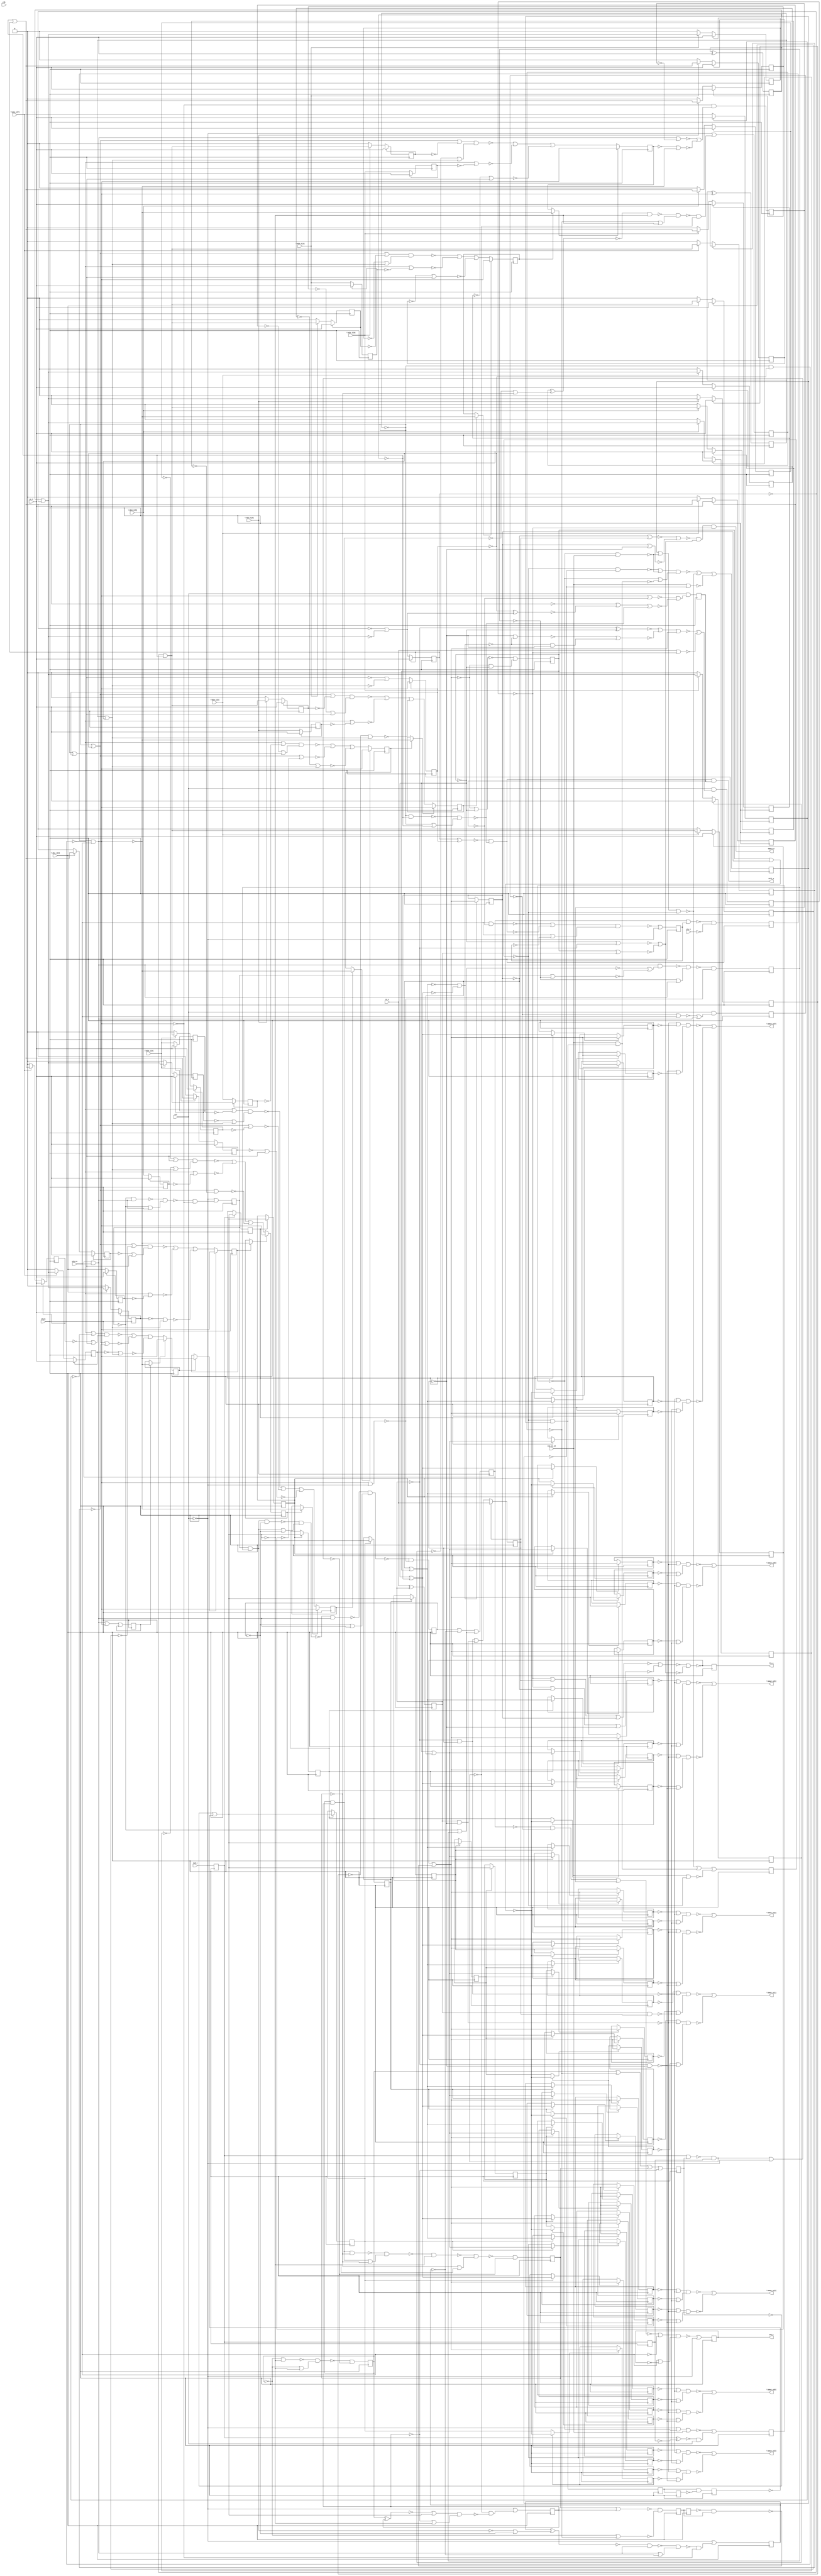
// Benchmark "sasc" written by ABC on Thu Oct  8 22:04:26 2020

module sasc ( clock, 
    clk, rst, rxd_i, cts_i, sio_ce, sio_ce_x4, re_i, we_i, \din_i[0] ,
    \din_i[1] , \din_i[2] , \din_i[3] , \din_i[4] , \din_i[5] , \din_i[6] ,
    \din_i[7] ,
    txd_o, rts_o, full_o, empty_o, \dout_o[0] , \dout_o[1] , \dout_o[2] ,
    \dout_o[3] , \dout_o[4] , \dout_o[5] , \dout_o[6] , \dout_o[7]   );
  input  clock;
  input  clk, rst, rxd_i, cts_i, sio_ce, sio_ce_x4, re_i, we_i,
    \din_i[0] , \din_i[1] , \din_i[2] , \din_i[3] , \din_i[4] , \din_i[5] ,
    \din_i[6] , \din_i[7] ;
  output txd_o, rts_o, full_o, empty_o, \dout_o[0] , \dout_o[1] , \dout_o[2] ,
    \dout_o[3] , \dout_o[4] , \dout_o[5] , \dout_o[6] , \dout_o[7] ;
  reg rx_fifo_gb_reg, \\rx_fifo_wp_reg[0] , \\rx_fifo_mem_reg[1][6] ,
    \\rx_fifo_mem_reg[1][7] , \\rx_fifo_mem_reg[2][0] ,
    \\rx_fifo_mem_reg[2][1] , \\rx_fifo_mem_reg[2][2] ,
    \\rx_fifo_mem_reg[2][3] , \\rx_fifo_mem_reg[2][4] ,
    \\rx_fifo_mem_reg[2][5] , \\rx_fifo_mem_reg[2][6] ,
    \\rx_fifo_mem_reg[2][7] , \\rx_fifo_mem_reg[1][0] ,
    \\rx_fifo_mem_reg[1][1] , \\rx_fifo_mem_reg[1][2] ,
    \\rx_fifo_mem_reg[1][3] , \\rx_fifo_mem_reg[1][4] ,
    \\rx_fifo_mem_reg[1][5] , \\rx_fifo_mem_reg[3][0] ,
    \\rx_fifo_mem_reg[3][1] , \\rx_fifo_mem_reg[3][2] ,
    \\rx_fifo_mem_reg[3][3] , \\rx_fifo_mem_reg[3][4] ,
    \\rx_fifo_mem_reg[3][5] , \\rx_fifo_mem_reg[3][6] ,
    \\rx_fifo_mem_reg[3][7] , \\rx_fifo_mem_reg[0][0] ,
    \\rx_fifo_mem_reg[0][1] , \\rx_fifo_mem_reg[0][2] ,
    \\rx_fifo_mem_reg[0][3] , \\rx_fifo_mem_reg[0][4] ,
    \\rx_fifo_mem_reg[0][5] , \\rx_fifo_mem_reg[0][6] ,
    \\rx_fifo_mem_reg[0][7] , \\rx_bit_cnt_reg[1] , \\rx_fifo_wp_reg[1] ,
    \\rx_bit_cnt_reg[3] , \\rx_bit_cnt_reg[0] , \\rx_bit_cnt_reg[2] ,
    \\rxr_reg[3] , \\rxr_reg[9] , \\rxr_reg[2] , \\rxr_reg[4] ,
    \\rxr_reg[5] , \\rxr_reg[6] , \\rxr_reg[8] , \\rxr_reg[7] ,
    \\tx_bit_cnt_reg[3] , tx_fifo_gb_reg, \\hold_reg_reg[6] ,
    \\hold_reg_reg[7] , \\hold_reg_reg[8] , \\hold_reg_reg[1] ,
    \\hold_reg_reg[2] , \\hold_reg_reg[3] , \\hold_reg_reg[4] ,
    \\tx_bit_cnt_reg[2] , \\hold_reg_reg[5] , txf_empty_r_reg,
    \\tx_fifo_mem_reg[2][1] , \\dpll_state_reg[0] , rts_o_reg,
    \\tx_bit_cnt_reg[0] , \\tx_fifo_mem_reg[1][0] ,
    \\tx_fifo_mem_reg[1][1] , \\tx_fifo_mem_reg[1][2] ,
    \\tx_fifo_mem_reg[1][3] , \\tx_fifo_mem_reg[1][4] ,
    \\tx_fifo_mem_reg[1][6] , \\tx_fifo_mem_reg[1][7] ,
    \\tx_fifo_mem_reg[2][0] , \\tx_fifo_mem_reg[2][2] ,
    \\tx_fifo_mem_reg[2][3] , \\tx_fifo_mem_reg[2][4] ,
    \\tx_fifo_mem_reg[2][6] , \\tx_fifo_mem_reg[2][7] , txd_o_reg,
    \\tx_fifo_rp_reg[1] , \\hold_reg_reg[0] , \\tx_fifo_mem_reg[1][5] ,
    \\tx_fifo_mem_reg[2][5] , \\tx_fifo_mem_reg[3][1] ,
    \\tx_fifo_mem_reg[3][6] , rx_valid_r_reg, \\tx_fifo_mem_reg[3][5] ,
    change_reg, \\tx_fifo_mem_reg[0][0] , \\tx_fifo_mem_reg[0][3] ,
    \\tx_fifo_mem_reg[0][4] , \\tx_fifo_mem_reg[0][7] ,
    \\tx_fifo_mem_reg[0][2] , \\tx_fifo_mem_reg[3][0] ,
    \\tx_fifo_mem_reg[3][2] , \\tx_fifo_mem_reg[3][3] ,
    \\tx_fifo_mem_reg[3][4] , \\tx_fifo_mem_reg[3][7] ,
    \\rx_fifo_rp_reg[1] , \\hold_reg_reg[9] , \\tx_fifo_mem_reg[0][6] ,
    \\tx_fifo_mem_reg[0][5] , \\tx_fifo_mem_reg[0][1] ,
    \\tx_bit_cnt_reg[1] , rx_sio_ce_reg, shift_en_r_reg,
    \\tx_fifo_wp_reg[1] , \\dpll_state_reg[1] , rx_valid_reg,
    \\rx_fifo_rp_reg[0] , rx_go_reg, \\tx_fifo_rp_reg[0] , load_reg,
    rx_sio_ce_r2_reg, \\tx_fifo_wp_reg[0] , shift_en_reg, rx_sio_ce_r1_reg,
    rxd_r_reg, rxd_s_reg;
  wire \new_[147]_ , \new_[148]_ , \new_[149]_ , \new_[150]_ , \new_[151]_ ,
    \new_[152]_ , \new_[153]_ , \new_[154]_ , \new_[155]_ , \new_[156]_ ,
    \new_[157]_ , \new_[158]_ , \new_[159]_ , \new_[160]_ , \new_[161]_ ,
    \new_[162]_ , \new_[163]_ , \new_[164]_ , \new_[165]_ , \new_[166]_ ,
    \new_[167]_ , \new_[168]_ , \new_[169]_ , \new_[170]_ , \new_[171]_ ,
    \new_[172]_ , \new_[173]_ , \new_[174]_ , \new_[175]_ , \new_[176]_ ,
    \new_[177]_ , \new_[178]_ , \new_[179]_ , \new_[180]_ , \new_[182]_ ,
    \new_[183]_ , \new_[184]_ , \new_[190]_ , \new_[191]_ , \new_[220]_ ,
    \new_[221]_ , \new_[222]_ , \new_[223]_ , \new_[224]_ , \new_[225]_ ,
    \new_[226]_ , \new_[227]_ , \new_[230]_ , \new_[232]_ , \new_[242]_ ,
    \new_[243]_ , \new_[244]_ , \new_[245]_ , \new_[246]_ , \new_[247]_ ,
    \new_[248]_ , \new_[249]_ , \new_[250]_ , \new_[251]_ , \new_[252]_ ,
    \new_[253]_ , \new_[254]_ , \new_[255]_ , \new_[256]_ , \new_[257]_ ,
    \new_[258]_ , \new_[259]_ , \new_[260]_ , \new_[261]_ , \new_[262]_ ,
    \new_[263]_ , \new_[264]_ , \new_[265]_ , \new_[266]_ , \new_[267]_ ,
    \new_[268]_ , \new_[270]_ , \new_[280]_ , \new_[282]_ , \new_[283]_ ,
    \new_[285]_ , \new_[286]_ , \new_[287]_ , \new_[288]_ , \new_[289]_ ,
    \new_[290]_ , \new_[291]_ , \new_[292]_ , \new_[293]_ , \new_[294]_ ,
    \new_[295]_ , \new_[296]_ , \new_[297]_ , \new_[298]_ , \new_[300]_ ,
    \new_[301]_ , \new_[302]_ , \new_[303]_ , \new_[305]_ , \new_[306]_ ,
    \new_[307]_ , \new_[308]_ , \new_[309]_ , \new_[310]_ , \new_[311]_ ,
    \new_[312]_ , \new_[313]_ , \new_[314]_ , \new_[315]_ , \new_[316]_ ,
    \new_[317]_ , \new_[318]_ , \new_[319]_ , \new_[320]_ , \new_[321]_ ,
    \new_[322]_ , \new_[323]_ , \new_[324]_ , \new_[325]_ , \new_[326]_ ,
    \new_[327]_ , \new_[328]_ , \new_[329]_ , \new_[342]_ , \new_[352]_ ,
    \new_[353]_ , \new_[354]_ , \new_[355]_ , \new_[356]_ , \new_[357]_ ,
    \new_[358]_ , \new_[359]_ , \new_[360]_ , \new_[361]_ , \new_[362]_ ,
    \new_[363]_ , \new_[364]_ , \new_[366]_ , \new_[367]_ , \new_[368]_ ,
    \new_[369]_ , \new_[371]_ , \new_[372]_ , \new_[373]_ , \new_[374]_ ,
    \new_[375]_ , \new_[376]_ , \new_[377]_ , \new_[378]_ , \new_[381]_ ,
    \new_[382]_ , \new_[383]_ , \new_[384]_ , \new_[385]_ , \new_[386]_ ,
    \new_[387]_ , \new_[388]_ , \new_[389]_ , \new_[405]_ , \new_[406]_ ,
    \new_[407]_ , \new_[412]_ , \new_[413]_ , \new_[414]_ , \new_[415]_ ,
    \new_[416]_ , \new_[417]_ , \new_[418]_ , \new_[419]_ , \new_[420]_ ,
    \new_[423]_ , \new_[432]_ , \new_[433]_ , \new_[434]_ , \new_[436]_ ,
    \new_[437]_ , \new_[438]_ , \new_[439]_ , \new_[440]_ , \new_[441]_ ,
    \new_[442]_ , \new_[443]_ , \new_[444]_ , \new_[445]_ , \new_[446]_ ,
    \new_[447]_ , \new_[448]_ , \new_[449]_ , \new_[450]_ , \new_[451]_ ,
    \new_[452]_ , \new_[453]_ , \new_[454]_ , \new_[455]_ , \new_[457]_ ,
    \new_[458]_ , \new_[460]_ , \new_[461]_ , \new_[462]_ , \new_[463]_ ,
    \new_[464]_ , \new_[465]_ , \new_[466]_ , \new_[467]_ , \new_[468]_ ,
    \new_[469]_ , \new_[470]_ , \new_[471]_ , \new_[472]_ , \new_[473]_ ,
    \new_[474]_ , \new_[475]_ , \new_[476]_ , \new_[477]_ , \new_[478]_ ,
    \new_[479]_ , \new_[480]_ , \new_[481]_ , \new_[482]_ , \new_[483]_ ,
    \new_[484]_ , \new_[485]_ , \new_[486]_ , \new_[487]_ , \new_[488]_ ,
    \new_[489]_ , \new_[490]_ , \new_[491]_ , \new_[493]_ , \new_[494]_ ,
    \new_[495]_ , \new_[496]_ , \new_[497]_ , \new_[498]_ , \new_[499]_ ,
    \new_[500]_ , \new_[501]_ , \new_[502]_ , \new_[503]_ , \new_[504]_ ,
    \new_[505]_ , \new_[506]_ , \new_[507]_ , \new_[508]_ , \new_[510]_ ,
    \new_[511]_ , \new_[512]_ , \new_[513]_ , \new_[514]_ , \new_[515]_ ,
    \new_[516]_ , \new_[517]_ , \new_[518]_ , \new_[519]_ , \new_[520]_ ,
    \new_[521]_ , \new_[522]_ , \new_[523]_ , \new_[524]_ , \new_[525]_ ,
    \new_[526]_ , \new_[527]_ , \new_[528]_ , \new_[529]_ , \new_[530]_ ,
    \new_[531]_ , \new_[532]_ , \new_[533]_ , \new_[534]_ , \new_[535]_ ,
    \new_[536]_ , \new_[537]_ , \new_[538]_ , \new_[540]_ , \new_[541]_ ,
    \new_[542]_ , \new_[543]_ , \new_[544]_ , \new_[547]_ , \new_[548]_ ,
    \new_[549]_ , \new_[551]_ , \new_[552]_ , \new_[553]_ , \new_[554]_ ,
    \new_[555]_ , \new_[556]_ , \new_[557]_ , \new_[558]_ , \new_[559]_ ,
    \new_[560]_ , \new_[561]_ , \new_[562]_ , \new_[563]_ , \new_[564]_ ,
    \new_[565]_ , \new_[566]_ , \new_[567]_ , \new_[568]_ , \new_[569]_ ,
    \new_[570]_ , \new_[571]_ , \new_[572]_ , \new_[573]_ , \new_[575]_ ,
    \new_[576]_ , \new_[577]_ , \new_[578]_ , \new_[579]_ , \new_[581]_ ,
    \new_[582]_ , \new_[583]_ , \new_[584]_ , \new_[585]_ , \new_[586]_ ,
    \new_[587]_ , \new_[588]_ , \new_[589]_ , \new_[590]_ , \new_[591]_ ,
    \new_[592]_ , \new_[593]_ , \new_[594]_ , \new_[595]_ , \new_[596]_ ,
    \new_[597]_ , \new_[598]_ , \new_[599]_ , \new_[600]_ , \new_[601]_ ,
    \new_[602]_ , \new_[603]_ , \new_[604]_ , \new_[606]_ , \new_[607]_ ,
    \new_[608]_ , \new_[609]_ , \new_[610]_ , \new_[611]_ , \new_[612]_ ,
    \new_[613]_ , \new_[614]_ , \new_[615]_ , \new_[616]_ , \new_[617]_ ,
    \new_[618]_ , \new_[619]_ , \new_[620]_ , \new_[621]_ , \new_[622]_ ,
    \new_[623]_ , \new_[625]_ , \new_[626]_ , \new_[627]_ , \new_[628]_ ,
    \new_[629]_ , \new_[630]_ , \new_[631]_ , \new_[632]_ , \new_[633]_ ,
    \new_[634]_ , \new_[635]_ , \new_[636]_ , \new_[637]_ , \new_[638]_ ,
    \new_[639]_ , \new_[640]_ , \new_[641]_ , \new_[642]_ , \new_[643]_ ,
    \new_[644]_ , \new_[645]_ , \new_[646]_ , \new_[647]_ , \new_[648]_ ,
    \new_[649]_ , \new_[650]_ , \new_[651]_ , \new_[652]_ , \new_[653]_ ,
    \new_[654]_ , \new_[655]_ , \new_[656]_ , \new_[657]_ , \new_[658]_ ,
    \new_[659]_ , \new_[660]_ , \new_[661]_ , \new_[662]_ , \new_[663]_ ,
    \new_[664]_ , \new_[665]_ , \new_[666]_ , \new_[667]_ , \new_[668]_ ,
    \new_[669]_ , \new_[671]_ , \new_[672]_ , \new_[673]_ , \new_[674]_ ,
    \new_[675]_ , \new_[676]_ , \new_[677]_ , \new_[678]_ , \new_[679]_ ,
    \new_[680]_ , \new_[681]_ , \new_[682]_ , \new_[683]_ , \new_[684]_ ,
    \new_[685]_ , \new_[686]_ , \new_[687]_ , \new_[688]_ , \new_[689]_ ,
    \new_[690]_ , \new_[691]_ , \new_[692]_ , \new_[693]_ , \new_[694]_ ,
    \new_[695]_ , n58, n63, n68, n73, n78, n83, n88, n93, n98, n103, n108,
    n113, n118, n123, n128, n133, n138, n143, n148, n153, n158, n163, n168,
    n173, n178, n183, n188, n193, n198, n203, n208, n213, n218, n223, n228,
    n233, n238, n243, n248, n253, n258, n263, n268, n273, n278, n283, n288,
    n293, n298, n303, n308, n313, n318, n323, n328, n333, n338, n343, n348,
    n353, n358, n363, n368, n373, n378, n383, n388, n393, n398, n403, n408,
    n413, n418, n423, n428, n433, n438, n443, n448, n453, n458, n463, n468,
    n473, n478, n483, n488, n493, n498, n503, n508, n513, n518, n523, n528,
    n533, n538, n543, n548, n553, n558, n563, n568, n573, n578, n583, n588,
    n593, n598, n603, n608, n613, n618, n623, n628, n633, n638;
  assign \new_[147]_  = rx_fifo_gb_reg;
  assign \new_[148]_  = \\rx_fifo_wp_reg[0] ;
  assign \new_[149]_  = \\rx_fifo_mem_reg[1][6] ;
  assign \new_[150]_  = \\rx_fifo_mem_reg[1][7] ;
  assign \new_[151]_  = \\rx_fifo_mem_reg[2][0] ;
  assign \new_[152]_  = \\rx_fifo_mem_reg[2][1] ;
  assign \new_[153]_  = \\rx_fifo_mem_reg[2][2] ;
  assign \new_[154]_  = \\rx_fifo_mem_reg[2][3] ;
  assign \new_[155]_  = \\rx_fifo_mem_reg[2][4] ;
  assign \new_[156]_  = \\rx_fifo_mem_reg[2][5] ;
  assign \new_[157]_  = \\rx_fifo_mem_reg[2][6] ;
  assign \new_[158]_  = \\rx_fifo_mem_reg[2][7] ;
  assign \new_[159]_  = \\rx_fifo_mem_reg[1][0] ;
  assign \new_[160]_  = \\rx_fifo_mem_reg[1][1] ;
  assign \new_[161]_  = \\rx_fifo_mem_reg[1][2] ;
  assign \new_[162]_  = \\rx_fifo_mem_reg[1][3] ;
  assign \new_[163]_  = \\rx_fifo_mem_reg[1][4] ;
  assign \new_[164]_  = \\rx_fifo_mem_reg[1][5] ;
  assign \new_[165]_  = \\rx_fifo_mem_reg[3][0] ;
  assign \new_[166]_  = \\rx_fifo_mem_reg[3][1] ;
  assign \new_[167]_  = \\rx_fifo_mem_reg[3][2] ;
  assign \new_[168]_  = \\rx_fifo_mem_reg[3][3] ;
  assign \new_[169]_  = \\rx_fifo_mem_reg[3][4] ;
  assign \new_[170]_  = \\rx_fifo_mem_reg[3][5] ;
  assign \new_[171]_  = \\rx_fifo_mem_reg[3][6] ;
  assign \new_[172]_  = \\rx_fifo_mem_reg[3][7] ;
  assign \new_[173]_  = \\rx_fifo_mem_reg[0][0] ;
  assign \new_[174]_  = \\rx_fifo_mem_reg[0][1] ;
  assign \new_[175]_  = \\rx_fifo_mem_reg[0][2] ;
  assign \new_[176]_  = \\rx_fifo_mem_reg[0][3] ;
  assign \new_[177]_  = \\rx_fifo_mem_reg[0][4] ;
  assign \new_[178]_  = \\rx_fifo_mem_reg[0][5] ;
  assign \new_[179]_  = \\rx_fifo_mem_reg[0][6] ;
  assign \new_[180]_  = \\rx_fifo_mem_reg[0][7] ;
  assign n58 = ~\new_[648]_  & (~\new_[230]_  | ~\new_[607]_ );
  assign \new_[182]_  = \\rx_bit_cnt_reg[1] ;
  assign \new_[183]_  = \\rx_fifo_wp_reg[1] ;
  assign \new_[184]_  = \\rx_bit_cnt_reg[3] ;
  assign n63 = ~\new_[232]_  | (~\new_[672]_  & ~\new_[625]_ );
  assign n73 = \new_[414]_  ? \new_[242]_  : \new_[150]_ ;
  assign n78 = \new_[352]_  ? \new_[242]_  : \new_[151]_ ;
  assign n83 = \new_[353]_  ? \new_[245]_  : \new_[152]_ ;
  assign n68 = \new_[413]_  ? \new_[244]_  : \new_[149]_ ;
  assign \new_[190]_  = \\rx_bit_cnt_reg[0] ;
  assign \new_[191]_  = \\rx_bit_cnt_reg[2] ;
  assign n93 = \new_[355]_  ? \new_[243]_  : \new_[154]_ ;
  assign n88 = \new_[354]_  ? \new_[245]_  : \new_[153]_ ;
  assign n98 = \new_[356]_  ? \new_[242]_  : \new_[155]_ ;
  assign n103 = \new_[357]_  ? \new_[243]_  : \new_[156]_ ;
  assign n108 = \new_[358]_  ? \new_[245]_  : \new_[157]_ ;
  assign n113 = \new_[359]_  ? \new_[244]_  : \new_[158]_ ;
  assign n123 = \new_[417]_  ? \new_[242]_  : \new_[160]_ ;
  assign n118 = \new_[415]_  ? \new_[245]_  : \new_[159]_ ;
  assign n128 = \new_[416]_  ? \new_[242]_  : \new_[161]_ ;
  assign n133 = \new_[418]_  ? \new_[243]_  : \new_[162]_ ;
  assign n138 = \new_[419]_  ? \new_[242]_  : \new_[163]_ ;
  assign n143 = \new_[420]_  ? \new_[244]_  : \new_[164]_ ;
  assign n148 = \new_[360]_  ? \new_[244]_  : \new_[165]_ ;
  assign n153 = \new_[361]_  ? \new_[245]_  : \new_[166]_ ;
  assign n158 = \new_[362]_  ? \new_[243]_  : \new_[167]_ ;
  assign n163 = \new_[363]_  ? \new_[244]_  : \new_[168]_ ;
  assign n168 = \new_[364]_  ? \new_[244]_  : \new_[169]_ ;
  assign n173 = \new_[366]_  ? \new_[243]_  : \new_[170]_ ;
  assign n178 = \new_[367]_  ? \new_[245]_  : \new_[171]_ ;
  assign n183 = \new_[368]_  ? \new_[245]_  : \new_[172]_ ;
  assign n188 = \new_[373]_  ? \new_[244]_  : \new_[173]_ ;
  assign n193 = \new_[369]_  ? \new_[243]_  : \new_[174]_ ;
  assign n198 = \new_[374]_  ? \new_[245]_  : \new_[175]_ ;
  assign n203 = \new_[375]_  ? \new_[244]_  : \new_[176]_ ;
  assign n208 = \new_[378]_  ? \new_[242]_  : \new_[177]_ ;
  assign n213 = \new_[376]_  ? \new_[242]_  : \new_[178]_ ;
  assign n218 = \new_[372]_  ? \new_[243]_  : \new_[179]_ ;
  assign n223 = \new_[377]_  ? \new_[243]_  : \new_[180]_ ;
  assign \new_[220]_  = \\rxr_reg[3] ;
  assign \new_[221]_  = \\rxr_reg[9] ;
  assign \new_[222]_  = \\rxr_reg[2] ;
  assign \new_[223]_  = \\rxr_reg[4] ;
  assign \new_[224]_  = \\rxr_reg[5] ;
  assign \new_[225]_  = \\rxr_reg[6] ;
  assign \new_[226]_  = \\rxr_reg[8] ;
  assign \new_[227]_  = \\rxr_reg[7] ;
  assign n228 = ~rst | (~\new_[543]_  & ~\new_[246]_ );
  assign n238 = ~rst | (~\new_[251]_  & ~\new_[543]_ );
  assign \new_[230]_  = ~\new_[500]_  | ~\new_[322]_  | ~\new_[247]_ ;
  assign n243 = ~\new_[253]_  & ~\new_[467]_ ;
  assign \new_[232]_  = ~\new_[672]_  | ~\new_[625]_ ;
  assign n248 = ~\new_[252]_  & ~\new_[467]_ ;
  assign n258 = n633 ? \new_[280]_  : \new_[221]_ ;
  assign n263 = \new_[220]_  ? \new_[280]_  : \new_[222]_ ;
  assign n253 = \new_[223]_  ? \new_[280]_  : \new_[220]_ ;
  assign n268 = \new_[224]_  ? \new_[280]_  : \new_[223]_ ;
  assign n273 = \new_[225]_  ? \new_[280]_  : \new_[224]_ ;
  assign n278 = \new_[227]_  ? \new_[280]_  : \new_[225]_ ;
  assign n288 = \new_[226]_  ? \new_[280]_  : \new_[227]_ ;
  assign n283 = \new_[221]_  ? \new_[280]_  : \new_[226]_ ;
  assign \new_[242]_  = ~\new_[247]_ ;
  assign \new_[243]_  = ~\new_[248]_ ;
  assign \new_[244]_  = ~\new_[249]_ ;
  assign \new_[245]_  = ~\new_[250]_ ;
  assign \new_[246]_  = (~\new_[575]_  | ~\new_[270]_ ) & (~\new_[182]_  | ~\new_[280]_ );
  assign \new_[247]_  = ~\new_[673]_ ;
  assign \new_[248]_  = ~\new_[673]_ ;
  assign \new_[249]_  = ~\new_[673]_ ;
  assign \new_[250]_  = ~\new_[673]_ ;
  assign \new_[251]_  = ~\new_[267]_  & (~\new_[184]_  | ~\new_[280]_ );
  assign \new_[252]_  = ~\new_[263]_  & (~\new_[191]_  | ~\new_[280]_ );
  assign \new_[253]_  = ~\new_[262]_  & (~\new_[629]_  | ~\new_[280]_ );
  assign \new_[254]_  = \\tx_bit_cnt_reg[3] ;
  assign \new_[255]_  = ~tx_fifo_gb_reg;
  assign \new_[256]_  = ~\\hold_reg_reg[6] ;
  assign \new_[257]_  = ~\\hold_reg_reg[7] ;
  assign \new_[258]_  = ~\\hold_reg_reg[8] ;
  assign \new_[259]_  = ~\\hold_reg_reg[1] ;
  assign \new_[260]_  = ~\\hold_reg_reg[2] ;
  assign \new_[261]_  = ~\\hold_reg_reg[3] ;
  assign \new_[262]_  = ~\new_[629]_  & ~\new_[280]_ ;
  assign \new_[263]_  = ~\new_[501]_  & ~\new_[280]_ ;
  assign \new_[264]_  = ~\\hold_reg_reg[4] ;
  assign \new_[265]_  = \\tx_bit_cnt_reg[2] ;
  assign \new_[266]_  = ~\\hold_reg_reg[5] ;
  assign \new_[267]_  = ~\new_[453]_  & ~\new_[280]_ ;
  assign \new_[268]_  = ~txf_empty_r_reg;
  assign n293 = ~rst | (~\new_[329]_  & ~\new_[598]_ );
  assign \new_[270]_  = ~\new_[280]_ ;
  assign n338 = ~\new_[327]_  & ~\new_[591]_ ;
  assign n303 = \new_[513]_  ? \new_[598]_  : \new_[383]_ ;
  assign n343 = \new_[511]_  ? \new_[598]_  : \new_[382]_ ;
  assign n308 = \new_[514]_  ? \new_[598]_  : \new_[384]_ ;
  assign n313 = \new_[516]_  ? \new_[598]_  : \new_[385]_ ;
  assign n318 = \new_[521]_  ? \new_[598]_  : \new_[386]_ ;
  assign n323 = \new_[517]_  ? \new_[632]_  : \new_[387]_ ;
  assign n328 = \new_[515]_  ? \new_[632]_  : \new_[388]_ ;
  assign n333 = \new_[533]_  ? \new_[632]_  : \new_[389]_ ;
  assign \new_[280]_  = ~\new_[433]_  | ~\new_[328]_ ;
  assign n298 = ~\new_[648]_  & (~\new_[572]_  | ~\new_[371]_ );
  assign \new_[282]_  = \\tx_fifo_mem_reg[2][1] ;
  assign \new_[283]_  = \\dpll_state_reg[0] ;
  assign rts_o = rts_o_reg;
  assign \new_[285]_  = \\tx_bit_cnt_reg[0] ;
  assign \new_[286]_  = \\tx_fifo_mem_reg[1][0] ;
  assign \new_[287]_  = \\tx_fifo_mem_reg[1][1] ;
  assign \new_[288]_  = \\tx_fifo_mem_reg[1][2] ;
  assign \new_[289]_  = \\tx_fifo_mem_reg[1][3] ;
  assign \new_[290]_  = \\tx_fifo_mem_reg[1][4] ;
  assign \new_[291]_  = \\tx_fifo_mem_reg[1][6] ;
  assign \new_[292]_  = \\tx_fifo_mem_reg[1][7] ;
  assign \new_[293]_  = \\tx_fifo_mem_reg[2][0] ;
  assign \new_[294]_  = \\tx_fifo_mem_reg[2][2] ;
  assign \new_[295]_  = \\tx_fifo_mem_reg[2][3] ;
  assign \new_[296]_  = \\tx_fifo_mem_reg[2][4] ;
  assign \new_[297]_  = \\tx_fifo_mem_reg[2][6] ;
  assign \new_[298]_  = \\tx_fifo_mem_reg[2][7] ;
  assign txd_o = txd_o_reg;
  assign \new_[300]_  = \\tx_fifo_rp_reg[1] ;
  assign \new_[301]_  = \\hold_reg_reg[0] ;
  assign \new_[302]_  = \\tx_fifo_mem_reg[1][5] ;
  assign \new_[303]_  = \\tx_fifo_mem_reg[2][5] ;
  assign n348 = ~\new_[381]_  | ~rst;
  assign \new_[305]_  = \\tx_fifo_mem_reg[3][1] ;
  assign \new_[306]_  = \\tx_fifo_mem_reg[3][6] ;
  assign \new_[307]_  = ~rx_valid_r_reg;
  assign \new_[308]_  = \\tx_fifo_mem_reg[3][5] ;
  assign \new_[309]_  = change_reg;
  assign \new_[310]_  = \\tx_fifo_mem_reg[0][0] ;
  assign \new_[311]_  = \\tx_fifo_mem_reg[0][3] ;
  assign \new_[312]_  = \\tx_fifo_mem_reg[0][4] ;
  assign \new_[313]_  = \\tx_fifo_mem_reg[0][7] ;
  assign \new_[314]_  = \\tx_fifo_mem_reg[0][2] ;
  assign \new_[315]_  = \\tx_fifo_mem_reg[3][0] ;
  assign \new_[316]_  = \\tx_fifo_mem_reg[3][2] ;
  assign \new_[317]_  = \\tx_fifo_mem_reg[3][3] ;
  assign \new_[318]_  = \\tx_fifo_mem_reg[3][4] ;
  assign \new_[319]_  = \\tx_fifo_mem_reg[3][7] ;
  assign \new_[320]_  = \\rx_fifo_rp_reg[1] ;
  assign \new_[321]_  = \\hold_reg_reg[9] ;
  assign \new_[322]_  = ~\new_[412]_  | (~\new_[671]_  & ~\new_[631]_ );
  assign \new_[323]_  = \\tx_fifo_mem_reg[0][6] ;
  assign \new_[324]_  = \\tx_fifo_mem_reg[0][5] ;
  assign \new_[325]_  = \\tx_fifo_mem_reg[0][1] ;
  assign \new_[326]_  = \\tx_bit_cnt_reg[1] ;
  assign \new_[327]_  = ~\new_[423]_  & (~\new_[265]_  | ~\new_[595]_ );
  assign \new_[328]_  = rx_sio_ce_reg;
  assign \new_[329]_  = ~\new_[405]_  & (~\new_[583]_  | ~\new_[254]_ );
  assign n398 = \new_[291]_  ? we_i : \new_[478]_ ;
  assign n403 = \new_[292]_  ? we_i : \new_[479]_ ;
  assign n408 = \new_[293]_  ? we_i : \new_[480]_ ;
  assign n353 = \new_[282]_  ? we_i : \new_[486]_ ;
  assign n413 = \new_[294]_  ? we_i : \new_[481]_ ;
  assign n418 = \new_[295]_  ? we_i : \new_[482]_ ;
  assign n423 = \new_[296]_  ? we_i : \new_[483]_ ;
  assign n458 = \new_[303]_  ? we_i : \new_[471]_ ;
  assign n428 = \new_[297]_  ? we_i : \new_[484]_ ;
  assign n433 = \new_[298]_  ? we_i : \new_[485]_ ;
  assign \dout_o[4]  = ~\new_[445]_  | ~\new_[448]_ ;
  assign \dout_o[0]  = ~\new_[446]_  | ~\new_[447]_ ;
  assign \new_[342]_  = shift_en_r_reg;
  assign \dout_o[6]  = ~\new_[444]_  | ~\new_[449]_ ;
  assign n443 = \new_[687]_  ? \new_[632]_  : \new_[499]_ ;
  assign n448 = ~\new_[598]_  & (~\new_[495]_  | ~\new_[490]_ );
  assign \dout_o[7]  = ~\new_[443]_  | ~\new_[450]_ ;
  assign \dout_o[5]  = ~\new_[439]_  | ~\new_[440]_ ;
  assign \dout_o[3]  = ~\new_[437]_  | ~\new_[451]_ ;
  assign \dout_o[2]  = ~\new_[436]_  | ~\new_[438]_ ;
  assign \dout_o[1]  = ~\new_[441]_  | ~\new_[442]_ ;
  assign empty_o = ~\new_[452]_  & ~\new_[626]_ ;
  assign \new_[352]_  = \new_[222]_  ? \new_[502]_  : \new_[151]_ ;
  assign \new_[353]_  = \new_[220]_  ? \new_[502]_  : \new_[152]_ ;
  assign \new_[354]_  = \new_[223]_  ? \new_[502]_  : \new_[153]_ ;
  assign \new_[355]_  = \new_[224]_  ? \new_[502]_  : \new_[154]_ ;
  assign \new_[356]_  = \new_[225]_  ? \new_[502]_  : \new_[155]_ ;
  assign \new_[357]_  = \new_[227]_  ? \new_[502]_  : \new_[156]_ ;
  assign \new_[358]_  = \new_[226]_  ? \new_[502]_  : \new_[157]_ ;
  assign \new_[359]_  = \new_[221]_  ? \new_[502]_  : \new_[158]_ ;
  assign \new_[360]_  = \new_[222]_  ? \new_[689]_  : \new_[165]_ ;
  assign \new_[361]_  = \new_[220]_  ? \new_[689]_  : \new_[166]_ ;
  assign \new_[362]_  = \new_[223]_  ? \new_[689]_  : \new_[167]_ ;
  assign \new_[363]_  = \new_[224]_  ? \new_[689]_  : \new_[168]_ ;
  assign \new_[364]_  = \new_[225]_  ? \new_[689]_  : \new_[169]_ ;
  assign n358 = ~\new_[457]_  | ~\new_[573]_  | ~\new_[590]_ ;
  assign \new_[366]_  = \new_[227]_  ? \new_[689]_  : \new_[170]_ ;
  assign \new_[367]_  = \new_[226]_  ? \new_[689]_  : \new_[171]_ ;
  assign \new_[368]_  = \new_[221]_  ? \new_[689]_  : \new_[172]_ ;
  assign \new_[369]_  = \new_[174]_  ? \new_[504]_  : \new_[220]_ ;
  assign n363 = ~\new_[678]_ ;
  assign \new_[371]_  = ~we_i | ~\new_[458]_  | ~\new_[555]_ ;
  assign \new_[372]_  = \new_[179]_  ? \new_[504]_  : \new_[226]_ ;
  assign \new_[373]_  = \new_[173]_  ? \new_[504]_  : \new_[222]_ ;
  assign \new_[374]_  = \new_[175]_  ? \new_[504]_  : \new_[223]_ ;
  assign \new_[375]_  = \new_[176]_  ? \new_[504]_  : \new_[224]_ ;
  assign \new_[376]_  = \new_[178]_  ? \new_[504]_  : \new_[227]_ ;
  assign \new_[377]_  = \new_[180]_  ? \new_[504]_  : \new_[221]_ ;
  assign \new_[378]_  = \new_[177]_  ? \new_[504]_  : \new_[225]_ ;
  assign n438 = ~\new_[434]_  | ~rst;
  assign n368 = ~rst | (~\new_[487]_  & ~\new_[632]_ );
  assign \new_[381]_  = (~\new_[617]_  | ~\new_[461]_ ) & (~\new_[639]_  | ~\new_[655]_ );
  assign \new_[382]_  = ~\new_[462]_  | ~\new_[544]_  | ~\new_[535]_ ;
  assign \new_[383]_  = ~\new_[464]_  | ~\new_[567]_  | ~\new_[548]_ ;
  assign \new_[384]_  = ~\new_[465]_  | ~\new_[561]_  | ~\new_[498]_ ;
  assign \new_[385]_  = ~\new_[466]_  | ~\new_[549]_  | ~\new_[494]_ ;
  assign \new_[386]_  = ~\new_[468]_  | ~\new_[570]_  | ~\new_[537]_ ;
  assign \new_[387]_  = ~\new_[469]_  | ~\new_[571]_  | ~\new_[536]_ ;
  assign \new_[388]_  = ~\new_[470]_  | ~\new_[569]_  | ~\new_[493]_ ;
  assign \new_[389]_  = ~\new_[463]_  | ~\new_[547]_  | ~\new_[496]_ ;
  assign n373 = \new_[286]_  ? we_i : \new_[472]_ ;
  assign n378 = \new_[287]_  ? we_i : \new_[473]_ ;
  assign n383 = \new_[288]_  ? we_i : \new_[474]_ ;
  assign n388 = \new_[289]_  ? we_i : \new_[476]_ ;
  assign n393 = \new_[290]_  ? we_i : \new_[477]_ ;
  assign n453 = \new_[302]_  ? we_i : \new_[475]_ ;
  assign n513 = \new_[315]_  ? we_i : \new_[529]_ ;
  assign n463 = \new_[305]_  ? we_i : \new_[530]_ ;
  assign n518 = \new_[316]_  ? we_i : \new_[512]_ ;
  assign n533 = \new_[319]_  ? we_i : \new_[534]_ ;
  assign n523 = \new_[317]_  ? we_i : \new_[531]_ ;
  assign n528 = \new_[318]_  ? we_i : \new_[520]_ ;
  assign n478 = \new_[308]_  ? we_i : \new_[532]_ ;
  assign n568 = ~\new_[563]_  & ~\new_[460]_ ;
  assign n468 = \new_[306]_  ? we_i : \new_[522]_ ;
  assign \new_[405]_  = ~\new_[489]_  & ~\new_[583]_ ;
  assign \new_[406]_  = \\tx_fifo_wp_reg[1] ;
  assign \new_[407]_  = \\dpll_state_reg[1] ;
  assign full_o = \new_[461]_  & \new_[653]_ ;
  assign n538 = \new_[631]_  ? re_i : \new_[538]_ ;
  assign n473 = rx_valid_reg;
  assign n543 = \new_[497]_  | \new_[321]_ ;
  assign \new_[412]_  = ~\new_[631]_  | ~\new_[671]_ ;
  assign \new_[413]_  = \new_[226]_  ? \new_[540]_  : \new_[149]_ ;
  assign \new_[414]_  = \new_[221]_  ? \new_[540]_  : \new_[150]_ ;
  assign \new_[415]_  = \new_[222]_  ? \new_[540]_  : \new_[159]_ ;
  assign \new_[416]_  = \new_[223]_  ? \new_[540]_  : \new_[161]_ ;
  assign \new_[417]_  = \new_[220]_  ? \new_[540]_  : \new_[160]_ ;
  assign \new_[418]_  = \new_[224]_  ? \new_[540]_  : \new_[162]_ ;
  assign \new_[419]_  = \new_[225]_  ? \new_[540]_  : \new_[163]_ ;
  assign \new_[420]_  = \new_[227]_  ? \new_[540]_  : \new_[164]_ ;
  assign n563 = ~\new_[491]_  & ~\new_[591]_ ;
  assign n483 = ~\new_[589]_  | (~\new_[508]_  & ~\new_[648]_ );
  assign \new_[423]_  = ~\new_[488]_  & ~\new_[595]_ ;
  assign n488 = \new_[310]_  ? we_i : \new_[523]_ ;
  assign n558 = \new_[325]_  ? we_i : \new_[528]_ ;
  assign n508 = \new_[314]_  ? we_i : \new_[524]_ ;
  assign n493 = \new_[311]_  ? we_i : \new_[525]_ ;
  assign n498 = \new_[312]_  ? we_i : \new_[526]_ ;
  assign n553 = \new_[324]_  ? we_i : \new_[519]_ ;
  assign n548 = \new_[323]_  ? we_i : \new_[527]_ ;
  assign n503 = \new_[313]_  ? we_i : \new_[518]_ ;
  assign \new_[432]_  = \\rx_fifo_rp_reg[0] ;
  assign \new_[433]_  = rx_go_reg;
  assign \new_[434]_  = (~\new_[551]_  | ~sio_ce) & (~\new_[639]_  | ~txd_o);
  assign n573 = ~\new_[648]_  & (~\new_[610]_  | ~\new_[596]_ );
  assign \new_[436]_  = (~\new_[153]_  | ~\new_[559]_ ) & (~\new_[167]_  | ~\new_[581]_ );
  assign \new_[437]_  = (~\new_[154]_  | ~\new_[559]_ ) & (~\new_[168]_  | ~\new_[581]_ );
  assign \new_[438]_  = (~\new_[161]_  | ~\new_[557]_ ) & (~\new_[175]_  | ~\new_[582]_ );
  assign \new_[439]_  = (~\new_[156]_  | ~\new_[559]_ ) & (~\new_[170]_  | ~\new_[581]_ );
  assign \new_[440]_  = (~\new_[164]_  | ~\new_[557]_ ) & (~\new_[178]_  | ~\new_[582]_ );
  assign \new_[441]_  = (~\new_[152]_  | ~\new_[559]_ ) & (~\new_[166]_  | ~\new_[581]_ );
  assign \new_[442]_  = (~\new_[160]_  | ~\new_[557]_ ) & (~\new_[174]_  | ~\new_[582]_ );
  assign \new_[443]_  = (~\new_[557]_  | ~\new_[150]_ ) & (~\new_[582]_  | ~\new_[180]_ );
  assign \new_[444]_  = (~\new_[149]_  | ~\new_[557]_ ) & (~\new_[179]_  | ~\new_[582]_ );
  assign \new_[445]_  = (~\new_[155]_  | ~\new_[559]_ ) & (~\new_[169]_  | ~\new_[581]_ );
  assign \new_[446]_  = (~\new_[151]_  | ~\new_[559]_ ) & (~\new_[165]_  | ~\new_[581]_ );
  assign \new_[447]_  = (~\new_[159]_  | ~\new_[557]_ ) & (~\new_[173]_  | ~\new_[582]_ );
  assign \new_[448]_  = (~\new_[163]_  | ~\new_[557]_ ) & (~\new_[177]_  | ~\new_[582]_ );
  assign \new_[449]_  = (~\new_[157]_  | ~\new_[559]_ ) & (~\new_[171]_  | ~\new_[581]_ );
  assign \new_[450]_  = (~\new_[559]_  | ~\new_[158]_ ) & (~\new_[581]_  | ~\new_[172]_ );
  assign \new_[451]_  = (~\new_[162]_  | ~\new_[557]_ ) & (~\new_[176]_  | ~\new_[582]_ );
  assign \new_[452]_  = ~\new_[657]_ ;
  assign \new_[453]_  = \new_[184]_  ^ \new_[565]_ ;
  assign \new_[454]_  = \\tx_fifo_rp_reg[0] ;
  assign \new_[455]_  = load_reg;
  assign n583 = ~\new_[573]_  | ~\new_[554]_  | ~\new_[615]_ ;
  assign \new_[457]_  = (~\new_[627]_  | ~\new_[613]_ ) & (~\new_[309]_  | ~\new_[576]_ );
  assign \new_[458]_  = \new_[688]_  ^ \new_[564]_ ;
  assign n578 = \new_[662]_  ? we_i : \new_[564]_ ;
  assign \new_[460]_  = rx_sio_ce_r2_reg;
  assign \new_[461]_  = ~\new_[556]_  & ~\new_[555]_ ;
  assign \new_[462]_  = (~\new_[619]_  | ~\new_[312]_ ) & (~\new_[296]_  | ~\new_[578]_ );
  assign \new_[463]_  = (~\new_[619]_  | ~\new_[311]_ ) & (~\new_[289]_  | ~\new_[694]_ );
  assign \new_[464]_  = (~\new_[302]_  | ~\new_[694]_ ) & (~\new_[303]_  | ~\new_[578]_ );
  assign \new_[465]_  = (~\new_[601]_  | ~\new_[306]_ ) & (~\new_[291]_  | ~\new_[694]_ );
  assign \new_[466]_  = (~\new_[619]_  | ~\new_[313]_ ) & (~\new_[292]_  | ~\new_[694]_ );
  assign \new_[467]_  = \new_[543]_  | \new_[648]_ ;
  assign \new_[468]_  = (~\new_[601]_  | ~\new_[315]_ ) & (~\new_[293]_  | ~\new_[578]_ );
  assign \new_[469]_  = (~\new_[601]_  | ~\new_[305]_ ) & (~\new_[282]_  | ~\new_[578]_ );
  assign \new_[470]_  = (~\new_[601]_  | ~\new_[316]_ ) & (~\new_[288]_  | ~\new_[694]_ );
  assign \new_[471]_  = \din_i[5]  ? \new_[579]_  : \new_[303]_ ;
  assign \new_[472]_  = \din_i[0]  ? \new_[695]_  : \new_[286]_ ;
  assign \new_[473]_  = \din_i[1]  ? \new_[695]_  : \new_[287]_ ;
  assign \new_[474]_  = \din_i[2]  ? \new_[695]_  : \new_[288]_ ;
  assign \new_[475]_  = \din_i[5]  ? \new_[695]_  : \new_[302]_ ;
  assign \new_[476]_  = \din_i[3]  ? \new_[695]_  : \new_[289]_ ;
  assign \new_[477]_  = \din_i[4]  ? \new_[695]_  : \new_[290]_ ;
  assign \new_[478]_  = \din_i[6]  ? \new_[695]_  : \new_[291]_ ;
  assign \new_[479]_  = \din_i[7]  ? \new_[695]_  : \new_[292]_ ;
  assign \new_[480]_  = \din_i[0]  ? \new_[579]_  : \new_[293]_ ;
  assign \new_[481]_  = \din_i[2]  ? \new_[618]_  : \new_[294]_ ;
  assign \new_[482]_  = \din_i[3]  ? \new_[618]_  : \new_[295]_ ;
  assign \new_[483]_  = \din_i[4]  ? \new_[579]_  : \new_[296]_ ;
  assign \new_[484]_  = \din_i[6]  ? \new_[618]_  : \new_[297]_ ;
  assign \new_[485]_  = \din_i[7]  ? \new_[579]_  : \new_[298]_ ;
  assign \new_[486]_  = \din_i[1]  ? \new_[618]_  : \new_[282]_ ;
  assign \new_[487]_  = ~\new_[552]_  & (~\new_[285]_  | ~\new_[596]_ );
  assign \new_[488]_  = ~\new_[553]_  & (~\new_[585]_  | ~\new_[265]_ );
  assign \new_[489]_  = \new_[254]_  ^ \new_[568]_ ;
  assign \new_[490]_  = \new_[259]_  | \new_[596]_ ;
  assign \new_[491]_  = ~\new_[541]_  & (~\new_[326]_  | ~\new_[595]_ );
  assign n588 = ~\new_[599]_  & ~\new_[560]_ ;
  assign \new_[493]_  = ~\new_[294]_  | ~\new_[578]_ ;
  assign \new_[494]_  = ~\new_[298]_  | ~\new_[578]_ ;
  assign \new_[495]_  = ~\new_[596]_  | ~\new_[301]_ ;
  assign \new_[496]_  = ~\new_[295]_  | ~\new_[578]_ ;
  assign \new_[497]_  = ~\new_[596]_  | ~\new_[612]_ ;
  assign \new_[498]_  = ~\new_[297]_  | ~\new_[578]_ ;
  assign \new_[499]_  = \new_[694]_  | \new_[578]_ ;
  assign \new_[500]_  = \new_[692]_  ^ \new_[603]_ ;
  assign \new_[501]_  = ~\new_[542]_  & (~\new_[588]_  | ~\new_[191]_ );
  assign \new_[502]_  = ~\new_[507]_ ;
  assign \new_[503]_  = ~\new_[625]_  | ~\new_[682]_ ;
  assign \new_[504]_  = ~\new_[505]_ ;
  assign \new_[505]_  = ~\new_[603]_  | ~\new_[685]_ ;
  assign \new_[506]_  = \\tx_fifo_wp_reg[0] ;
  assign \new_[507]_  = ~\new_[679]_ ;
  assign \new_[508]_  = n633 ^ \new_[587]_ ;
  assign n598 = ~\new_[643]_  | ~\new_[184]_  | ~\new_[644]_  | ~\new_[182]_ ;
  assign \new_[510]_  = shift_en_reg;
  assign \new_[511]_  = \new_[646]_  ? \new_[583]_  : \new_[637]_ ;
  assign \new_[512]_  = \din_i[2]  ? \new_[661]_  : \new_[316]_ ;
  assign \new_[513]_  = \new_[635]_  ? \new_[595]_  : \new_[646]_ ;
  assign \new_[514]_  = \new_[649]_  ? \new_[595]_  : \new_[635]_ ;
  assign \new_[515]_  = \new_[641]_  ? \new_[595]_  : \new_[640]_ ;
  assign \new_[516]_  = \new_[321]_  ? \new_[595]_  : \new_[649]_ ;
  assign \new_[517]_  = \new_[640]_  ? \new_[583]_  : \new_[642]_ ;
  assign \new_[518]_  = \new_[313]_  ? \new_[600]_  : \din_i[7] ;
  assign \new_[519]_  = \new_[324]_  ? \new_[600]_  : \din_i[5] ;
  assign \new_[520]_  = \din_i[4]  ? \new_[661]_  : \new_[318]_ ;
  assign \new_[521]_  = \new_[642]_  ? \new_[583]_  : \new_[634]_ ;
  assign \new_[522]_  = \din_i[6]  ? \new_[661]_  : \new_[306]_ ;
  assign \new_[523]_  = \new_[310]_  ? \new_[600]_  : \din_i[0] ;
  assign \new_[524]_  = \new_[314]_  ? \new_[600]_  : \din_i[2] ;
  assign \new_[525]_  = \new_[311]_  ? \new_[600]_  : \din_i[3] ;
  assign \new_[526]_  = \new_[312]_  ? \new_[600]_  : \din_i[4] ;
  assign \new_[527]_  = \new_[323]_  ? \new_[600]_  : \din_i[6] ;
  assign \new_[528]_  = \new_[325]_  ? \new_[600]_  : \din_i[1] ;
  assign \new_[529]_  = \din_i[0]  ? \new_[661]_  : \new_[315]_ ;
  assign \new_[530]_  = \din_i[1]  ? \new_[661]_  : \new_[305]_ ;
  assign \new_[531]_  = \din_i[3]  ? \new_[661]_  : \new_[317]_ ;
  assign \new_[532]_  = \din_i[5]  ? \new_[661]_  : \new_[308]_ ;
  assign \new_[533]_  = \new_[637]_  ? \new_[583]_  : \new_[641]_ ;
  assign \new_[534]_  = \din_i[7]  ? \new_[661]_  : \new_[319]_ ;
  assign \new_[535]_  = ~\new_[290]_  | ~\new_[694]_ ;
  assign \new_[536]_  = ~\new_[287]_  | ~\new_[694]_ ;
  assign \new_[537]_  = ~\new_[286]_  | ~\new_[694]_ ;
  assign \new_[538]_  = \new_[577]_  | \new_[562]_ ;
  assign n593 = re_i ^ \new_[691]_ ;
  assign \new_[540]_  = ~\new_[558]_ ;
  assign \new_[541]_  = ~\new_[595]_  & (~\new_[616]_  | ~\new_[614]_ );
  assign \new_[542]_  = ~\new_[588]_  & ~\new_[191]_ ;
  assign \new_[543]_  = ~\new_[602]_  & ~\new_[587]_ ;
  assign \new_[544]_  = ~\new_[601]_  | ~\new_[318]_ ;
  assign n603 = \new_[628]_  ^ \new_[632]_ ;
  assign n613 = ~\new_[563]_ ;
  assign \new_[547]_  = ~\new_[601]_  | ~\new_[317]_ ;
  assign \new_[548]_  = ~\new_[601]_  | ~\new_[308]_ ;
  assign \new_[549]_  = ~\new_[601]_  | ~\new_[319]_ ;
  assign n608 = ~\new_[594]_  & ~cts_i;
  assign \new_[551]_  = \new_[593]_  | \new_[301]_ ;
  assign \new_[552]_  = ~\new_[285]_  & ~\new_[596]_ ;
  assign \new_[553]_  = ~\new_[585]_  & ~\new_[265]_ ;
  assign \new_[554]_  = ~\new_[576]_ ;
  assign \new_[555]_  = ~\new_[597]_  & (~\new_[628]_  | ~\new_[630]_ );
  assign \new_[556]_  = \new_[662]_  ^ \new_[687]_ ;
  assign \new_[557]_  = \new_[562]_ ;
  assign \new_[558]_  = ~\new_[566]_ ;
  assign \new_[559]_  = \new_[577]_ ;
  assign \new_[560]_  = ~\new_[629]_  | ~\new_[184]_ ;
  assign \new_[561]_  = ~\new_[619]_  | ~\new_[323]_ ;
  assign \new_[562]_  = ~\new_[692]_  & ~\new_[631]_ ;
  assign \new_[563]_  = ~rx_sio_ce_r1_reg;
  assign \new_[564]_  = ~\new_[609]_  | ~\new_[618]_ ;
  assign \new_[565]_  = ~\new_[611]_  | ~\new_[191]_ ;
  assign \new_[566]_  = ~\new_[625]_  | ~\new_[685]_ ;
  assign \new_[567]_  = ~\new_[619]_  | ~\new_[324]_ ;
  assign \new_[568]_  = ~\new_[621]_  | ~\new_[265]_ ;
  assign \new_[569]_  = ~\new_[619]_  | ~\new_[314]_ ;
  assign \new_[570]_  = ~\new_[619]_  | ~\new_[310]_ ;
  assign \new_[571]_  = ~\new_[619]_  | ~\new_[325]_ ;
  assign \new_[572]_  = ~\new_[612]_  | ~\new_[653]_ ;
  assign \new_[573]_  = ~\new_[652]_  | ~\new_[613]_  | ~\new_[407]_ ;
  assign n618 = \new_[630]_  ^ we_i;
  assign \new_[575]_  = \new_[629]_  ^ \new_[182]_ ;
  assign \new_[576]_  = sio_ce_x4 & n628;
  assign \new_[577]_  = ~\new_[691]_  & ~\new_[665]_ ;
  assign \new_[578]_  = ~\new_[592]_ ;
  assign \new_[579]_  = ~\new_[586]_ ;
  assign n623 = \new_[604]_  | \new_[616]_ ;
  assign \new_[581]_  = ~\new_[692]_  & ~\new_[665]_ ;
  assign \new_[582]_  = \new_[692]_  & \new_[665]_ ;
  assign \new_[583]_  = ~\new_[620]_ ;
  assign \new_[584]_  = ~\new_[454]_  | ~\new_[688]_ ;
  assign \new_[585]_  = ~\new_[621]_ ;
  assign \new_[586]_  = ~\new_[618]_ ;
  assign \new_[587]_  = ~rxd_r_reg;
  assign \new_[588]_  = ~\new_[611]_ ;
  assign \new_[589]_  = ~rst | ~\new_[309]_  | ~\new_[647]_ ;
  assign \new_[590]_  = ~\new_[647]_  | ~\new_[283]_ ;
  assign \new_[591]_  = \new_[632]_  | \new_[648]_ ;
  assign \new_[592]_  = ~\new_[650]_  | ~\new_[300]_ ;
  assign \new_[593]_  = ~\new_[510]_  & ~\new_[342]_ ;
  assign \new_[594]_  = \new_[510]_  | \new_[655]_ ;
  assign \new_[595]_  = ~\new_[620]_ ;
  assign \new_[596]_  = ~\new_[620]_ ;
  assign \new_[597]_  = ~\new_[628]_  & ~\new_[630]_ ;
  assign \new_[598]_  = ~\new_[612]_ ;
  assign \new_[599]_  = \new_[191]_  | \new_[182]_ ;
  assign \new_[600]_  = ~\new_[608]_ ;
  assign \new_[601]_  = ~\new_[622]_ ;
  assign \new_[602]_  = n633 | \new_[433]_ ;
  assign \new_[603]_  = ~\new_[625]_ ;
  assign \new_[604]_  = ~\new_[656]_  | ~\new_[254]_ ;
  assign n628 = ~\new_[407]_  & ~\new_[652]_ ;
  assign \new_[606]_  = \new_[651]_  | \new_[693]_ ;
  assign \new_[607]_  = re_i | \new_[645]_ ;
  assign \new_[608]_  = ~\new_[664]_  | ~\new_[663]_ ;
  assign \new_[609]_  = ~\new_[506]_  | ~\new_[663]_ ;
  assign \new_[610]_  = ~\new_[342]_  | ~\new_[639]_ ;
  assign \new_[611]_  = ~\new_[643]_  & ~\new_[636]_ ;
  assign \new_[612]_  = ~\new_[632]_ ;
  assign \new_[613]_  = ~\new_[309]_  & ~\new_[647]_ ;
  assign \new_[614]_  = ~\new_[633]_  | ~\new_[326]_ ;
  assign \new_[615]_  = ~\new_[647]_  | ~\new_[407]_ ;
  assign \new_[616]_  = \new_[633]_  | \new_[326]_ ;
  assign \new_[617]_  = ~\new_[639]_  & ~\new_[653]_ ;
  assign \new_[618]_  = ~\new_[664]_  | ~\new_[406]_ ;
  assign \new_[619]_  = \new_[650]_  & \new_[688]_ ;
  assign \new_[620]_  = ~\new_[654]_  & ~\new_[639]_ ;
  assign \new_[621]_  = ~\new_[633]_  & ~\new_[638]_ ;
  assign \new_[622]_  = \new_[650]_  | \new_[688]_ ;
  assign \new_[623]_  = ~\new_[680]_  | ~\new_[693]_ ;
  assign n633 = rxd_s_reg;
  assign \new_[625]_  = ~\new_[680]_ ;
  assign \new_[626]_  = ~\new_[645]_ ;
  assign \new_[627]_  = ~\new_[407]_  & ~\new_[283]_ ;
  assign \new_[628]_  = ~\new_[650]_ ;
  assign \new_[629]_  = ~\new_[643]_ ;
  assign \new_[630]_  = ~\new_[664]_ ;
  assign \new_[631]_  = ~\new_[665]_ ;
  assign \new_[632]_  = \new_[455]_  & sio_ce;
  assign \new_[633]_  = ~\new_[285]_ ;
  assign \new_[634]_  = ~\new_[259]_ ;
  assign \new_[635]_  = ~\new_[257]_ ;
  assign \new_[636]_  = ~\new_[182]_ ;
  assign \new_[637]_  = ~\new_[266]_ ;
  assign \new_[638]_  = ~\new_[326]_ ;
  assign \new_[639]_  = ~sio_ce;
  assign \new_[640]_  = ~\new_[261]_ ;
  assign \new_[641]_  = ~\new_[264]_ ;
  assign \new_[642]_  = ~\new_[260]_ ;
  assign \new_[643]_  = ~\new_[190]_ ;
  assign \new_[644]_  = ~\new_[191]_ ;
  assign \new_[645]_  = ~\new_[147]_ ;
  assign \new_[646]_  = ~\new_[256]_ ;
  assign \new_[647]_  = ~sio_ce_x4;
  assign \new_[648]_  = ~rst;
  assign \new_[649]_  = ~\new_[258]_ ;
  assign \new_[650]_  = ~\new_[454]_ ;
  assign \new_[651]_  = ~\new_[148]_ ;
  assign \new_[652]_  = ~\new_[283]_ ;
  assign \new_[653]_  = ~\new_[255]_ ;
  assign \new_[654]_  = ~\new_[510]_ ;
  assign \new_[655]_  = ~\new_[268]_ ;
  assign \new_[656]_  = ~\new_[265]_ ;
  assign \new_[657]_  = ~\new_[659]_  & ~\new_[658]_ ;
  assign \new_[658]_  = ~\new_[676]_ ;
  assign \new_[659]_  = ~\new_[660]_  | ~\new_[666]_ ;
  assign \new_[660]_  = ~\new_[683]_  | ~\new_[665]_ ;
  assign \new_[661]_  = ~\new_[662]_  | ~\new_[630]_ ;
  assign \new_[662]_  = ~\new_[663]_ ;
  assign \new_[663]_  = ~\new_[406]_ ;
  assign \new_[664]_  = ~\new_[506]_ ;
  assign \new_[665]_  = ~\new_[320]_ ;
  assign \new_[666]_  = ~\new_[684]_  | ~\new_[320]_ ;
  assign \new_[667]_  = ~\new_[147]_  | ~\new_[681]_  | ~\new_[320]_ ;
  assign \new_[668]_  = ~\new_[147]_  | ~\new_[669]_  | ~\new_[686]_ ;
  assign \new_[669]_  = ~\new_[320]_ ;
  assign n233 = \new_[671]_  ? \new_[672]_  : \new_[683]_ ;
  assign \new_[671]_  = ~\new_[679]_  | ~\new_[566]_ ;
  assign \new_[672]_  = ~\new_[678]_  | ~\new_[677]_ ;
  assign \new_[673]_  = ~\new_[674]_  | ~\new_[677]_ ;
  assign \new_[674]_  = ~\new_[675]_  | ~\new_[676]_ ;
  assign \new_[675]_  = ~\new_[668]_  | ~\new_[667]_ ;
  assign \new_[676]_  = ~\new_[606]_  | ~\new_[623]_ ;
  assign \new_[677]_  = \new_[307]_  & n473;
  assign \new_[678]_  = \new_[674]_ ;
  assign \new_[679]_  = ~\new_[682]_  | ~\new_[680]_ ;
  assign \new_[680]_  = ~\new_[148]_ ;
  assign \new_[681]_  = ~\new_[686]_ ;
  assign \new_[682]_  = ~\new_[685]_ ;
  assign \new_[683]_  = ~\new_[684]_ ;
  assign \new_[684]_  = \new_[685]_ ;
  assign \new_[685]_  = \new_[686]_ ;
  assign \new_[686]_  = ~\new_[183]_ ;
  assign \new_[687]_  = ~\new_[688]_ ;
  assign \new_[688]_  = ~\new_[300]_ ;
  assign \new_[689]_  = ~\new_[690]_ ;
  assign \new_[690]_  = ~\new_[503]_ ;
  assign \new_[691]_  = ~\new_[692]_ ;
  assign \new_[692]_  = \new_[693]_ ;
  assign \new_[693]_  = ~\new_[432]_ ;
  assign \new_[694]_  = ~\new_[584]_ ;
  assign \new_[695]_  = \new_[609]_ ;
  assign n638 = rxd_i;
  always @ (posedge clock) begin
    rx_fifo_gb_reg <= n58;
    \\rx_fifo_wp_reg[0]  <= n63;
    \\rx_fifo_mem_reg[1][6]  <= n68;
    \\rx_fifo_mem_reg[1][7]  <= n73;
    \\rx_fifo_mem_reg[2][0]  <= n78;
    \\rx_fifo_mem_reg[2][1]  <= n83;
    \\rx_fifo_mem_reg[2][2]  <= n88;
    \\rx_fifo_mem_reg[2][3]  <= n93;
    \\rx_fifo_mem_reg[2][4]  <= n98;
    \\rx_fifo_mem_reg[2][5]  <= n103;
    \\rx_fifo_mem_reg[2][6]  <= n108;
    \\rx_fifo_mem_reg[2][7]  <= n113;
    \\rx_fifo_mem_reg[1][0]  <= n118;
    \\rx_fifo_mem_reg[1][1]  <= n123;
    \\rx_fifo_mem_reg[1][2]  <= n128;
    \\rx_fifo_mem_reg[1][3]  <= n133;
    \\rx_fifo_mem_reg[1][4]  <= n138;
    \\rx_fifo_mem_reg[1][5]  <= n143;
    \\rx_fifo_mem_reg[3][0]  <= n148;
    \\rx_fifo_mem_reg[3][1]  <= n153;
    \\rx_fifo_mem_reg[3][2]  <= n158;
    \\rx_fifo_mem_reg[3][3]  <= n163;
    \\rx_fifo_mem_reg[3][4]  <= n168;
    \\rx_fifo_mem_reg[3][5]  <= n173;
    \\rx_fifo_mem_reg[3][6]  <= n178;
    \\rx_fifo_mem_reg[3][7]  <= n183;
    \\rx_fifo_mem_reg[0][0]  <= n188;
    \\rx_fifo_mem_reg[0][1]  <= n193;
    \\rx_fifo_mem_reg[0][2]  <= n198;
    \\rx_fifo_mem_reg[0][3]  <= n203;
    \\rx_fifo_mem_reg[0][4]  <= n208;
    \\rx_fifo_mem_reg[0][5]  <= n213;
    \\rx_fifo_mem_reg[0][6]  <= n218;
    \\rx_fifo_mem_reg[0][7]  <= n223;
    \\rx_bit_cnt_reg[1]  <= n228;
    \\rx_fifo_wp_reg[1]  <= n233;
    \\rx_bit_cnt_reg[3]  <= n238;
    \\rx_bit_cnt_reg[0]  <= n243;
    \\rx_bit_cnt_reg[2]  <= n248;
    \\rxr_reg[3]  <= n253;
    \\rxr_reg[9]  <= n258;
    \\rxr_reg[2]  <= n263;
    \\rxr_reg[4]  <= n268;
    \\rxr_reg[5]  <= n273;
    \\rxr_reg[6]  <= n278;
    \\rxr_reg[8]  <= n283;
    \\rxr_reg[7]  <= n288;
    \\tx_bit_cnt_reg[3]  <= n293;
    tx_fifo_gb_reg <= n298;
    \\hold_reg_reg[6]  <= n303;
    \\hold_reg_reg[7]  <= n308;
    \\hold_reg_reg[8]  <= n313;
    \\hold_reg_reg[1]  <= n318;
    \\hold_reg_reg[2]  <= n323;
    \\hold_reg_reg[3]  <= n328;
    \\hold_reg_reg[4]  <= n333;
    \\tx_bit_cnt_reg[2]  <= n338;
    \\hold_reg_reg[5]  <= n343;
    txf_empty_r_reg <= n348;
    \\tx_fifo_mem_reg[2][1]  <= n353;
    \\dpll_state_reg[0]  <= n358;
    rts_o_reg <= n363;
    \\tx_bit_cnt_reg[0]  <= n368;
    \\tx_fifo_mem_reg[1][0]  <= n373;
    \\tx_fifo_mem_reg[1][1]  <= n378;
    \\tx_fifo_mem_reg[1][2]  <= n383;
    \\tx_fifo_mem_reg[1][3]  <= n388;
    \\tx_fifo_mem_reg[1][4]  <= n393;
    \\tx_fifo_mem_reg[1][6]  <= n398;
    \\tx_fifo_mem_reg[1][7]  <= n403;
    \\tx_fifo_mem_reg[2][0]  <= n408;
    \\tx_fifo_mem_reg[2][2]  <= n413;
    \\tx_fifo_mem_reg[2][3]  <= n418;
    \\tx_fifo_mem_reg[2][4]  <= n423;
    \\tx_fifo_mem_reg[2][6]  <= n428;
    \\tx_fifo_mem_reg[2][7]  <= n433;
    txd_o_reg <= n438;
    \\tx_fifo_rp_reg[1]  <= n443;
    \\hold_reg_reg[0]  <= n448;
    \\tx_fifo_mem_reg[1][5]  <= n453;
    \\tx_fifo_mem_reg[2][5]  <= n458;
    \\tx_fifo_mem_reg[3][1]  <= n463;
    \\tx_fifo_mem_reg[3][6]  <= n468;
    rx_valid_r_reg <= n473;
    \\tx_fifo_mem_reg[3][5]  <= n478;
    change_reg <= n483;
    \\tx_fifo_mem_reg[0][0]  <= n488;
    \\tx_fifo_mem_reg[0][3]  <= n493;
    \\tx_fifo_mem_reg[0][4]  <= n498;
    \\tx_fifo_mem_reg[0][7]  <= n503;
    \\tx_fifo_mem_reg[0][2]  <= n508;
    \\tx_fifo_mem_reg[3][0]  <= n513;
    \\tx_fifo_mem_reg[3][2]  <= n518;
    \\tx_fifo_mem_reg[3][3]  <= n523;
    \\tx_fifo_mem_reg[3][4]  <= n528;
    \\tx_fifo_mem_reg[3][7]  <= n533;
    \\rx_fifo_rp_reg[1]  <= n538;
    \\hold_reg_reg[9]  <= n543;
    \\tx_fifo_mem_reg[0][6]  <= n548;
    \\tx_fifo_mem_reg[0][5]  <= n553;
    \\tx_fifo_mem_reg[0][1]  <= n558;
    \\tx_bit_cnt_reg[1]  <= n563;
    rx_sio_ce_reg <= n568;
    shift_en_r_reg <= n573;
    \\tx_fifo_wp_reg[1]  <= n578;
    \\dpll_state_reg[1]  <= n583;
    rx_valid_reg <= n588;
    \\rx_fifo_rp_reg[0]  <= n593;
    rx_go_reg <= n598;
    \\tx_fifo_rp_reg[0]  <= n603;
    load_reg <= n608;
    rx_sio_ce_r2_reg <= n613;
    \\tx_fifo_wp_reg[0]  <= n618;
    shift_en_reg <= n623;
    rx_sio_ce_r1_reg <= n628;
    rxd_r_reg <= n633;
    rxd_s_reg <= n638;
  end
  initial begin
    \\rx_fifo_wp_reg[0]  <= 1'b0;
    \\rx_fifo_wp_reg[1]  <= 1'b0;
    \\dpll_state_reg[0]  <= 1'b1;
    \\tx_fifo_rp_reg[1]  <= 1'b0;
    \\rx_fifo_rp_reg[1]  <= 1'b0;
    \\tx_fifo_wp_reg[1]  <= 1'b0;
    \\dpll_state_reg[1]  <= 1'b0;
    \\rx_fifo_rp_reg[0]  <= 1'b0;
    \\tx_fifo_rp_reg[0]  <= 1'b0;
    \\tx_fifo_wp_reg[0]  <= 1'b0;
  end
endmodule